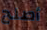
أصلح